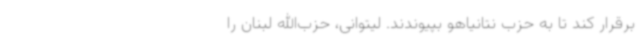
برقرار کند تا به حزب نتانیاهو بپیوندند. لیتوانی، حزب‌الله لبنان را